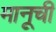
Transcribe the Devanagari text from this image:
मानूची